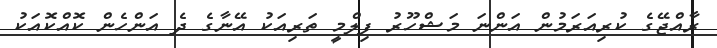
ރާއްޖޭގެ ކުރިއަރަމުން އަންނަ މަޝްހޫރު ފިލްމީ ތަރިއަކު އޭނާގެ ދެ އަންހެން ކޮއްކޮއަކު